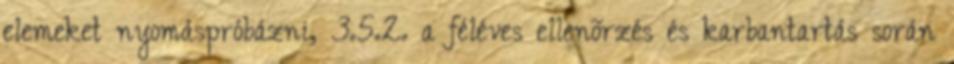
elemeket nyomáspróbázni, 3.5.2. a féléves ellenõrzés és karbantartás során